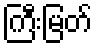
ကြီးမြတ်